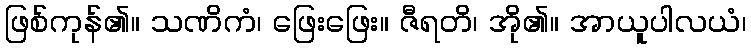
ဖြစ်ကုန်၏။ သဏိကံ၊ ဖြေးဖြေး။ ဇီရတိ၊ အို၏။ အာယူပါလယံ၊